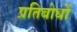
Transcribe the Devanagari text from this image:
प्रतिबोधों